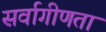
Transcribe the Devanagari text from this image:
सर्वागीणता